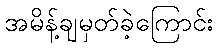
အမိန့်ချမှတ်ခဲ့ကြောင်း